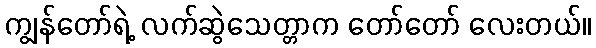
ကျွန်တော်ရဲ့ လက်ဆွဲသေတ္တာက တော်တော် လေးတယ်။